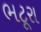
ભટૂરા